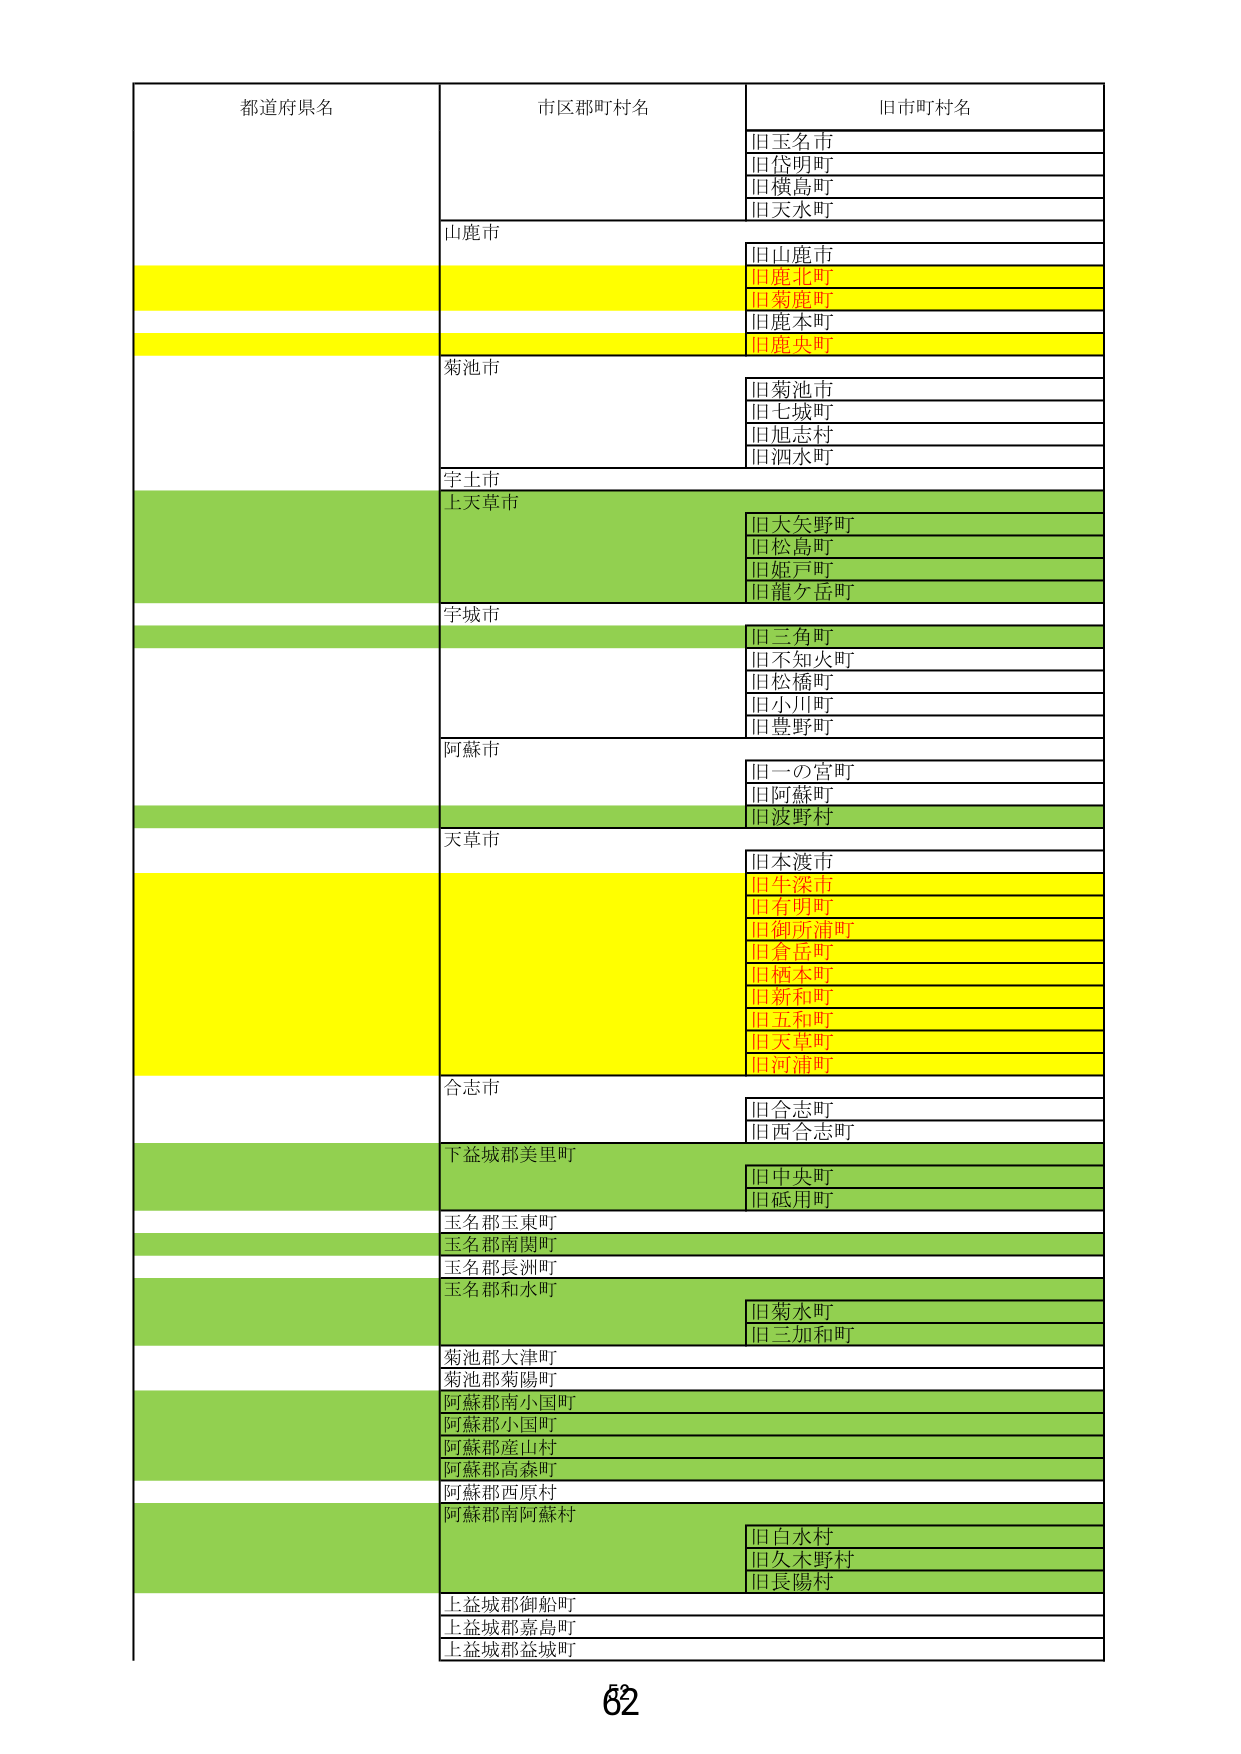
都道府県名
市区郡町村名
旧市町村名
旧玉名市
旧岱明町
旧横島町
旧天水町
山鹿市
旧山鹿市
旧鹿北町
旧菊鹿町
旧鹿本町
旧鹿央町
菊池市
旧菊池市
旧七城町
旧旭志村
旧泗水町
宇土市
上天草市
旧大矢野町
旧松島町
旧姫戸町
旧龍ヶ岳町
宇城市
旧三角町
旧不知火町
旧松橋町
旧小川町
旧豊野町
阿蘇市
旧一の宮町
旧阿蘇町
旧波野村
天草市
旧本渡市
旧牛深市
旧有明町
旧御所浦町
旧倉岳町
旧栖本町
旧新和町
旧五和町
旧天草町
旧河浦町
合志市
旧合志町
旧西合志町
下益城郡美里町
旧中央町
旧砥用町
玉名郡玉東町
玉名郡南関町
玉名郡長洲町
玉名郡和水町
旧菊水町
旧三加和町
菊池郡大津町
菊池郡菊陽町
阿蘇郡南小国町
阿蘇郡小国町
阿蘇郡産山村
阿蘇郡高森町
阿蘇郡西原村
阿蘇郡南阿蘇村
旧白水村
旧久木野村
旧長陽村
上益城郡御船町
上益城郡嘉島町
上益城郡益城町
62